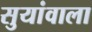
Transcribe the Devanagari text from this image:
सुयांवाला